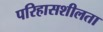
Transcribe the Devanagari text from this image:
परिहासशीलता